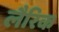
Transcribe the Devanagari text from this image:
लैरिक